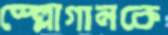
স্ল্লোগানকে